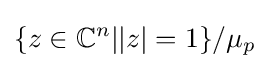
\{z\in \mathbb {C} ^{n}||z|=1\}/\mu _{p}